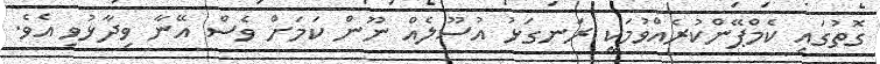
ގޮތުގައި ކެމްޕޭންކުރެއްވުމަކީ ރަނގަޅު އުސޫލެއް ނޫން ކަމަށް ވެސް އޭނާ ވިދާޅުވި އެވެ.